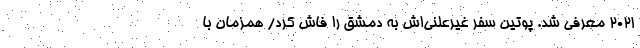
۲۰۲۱ معرفی شد. پوتین سفر غیرعلنی‌اش به دمشق را فاش کرد/ همزمان با